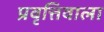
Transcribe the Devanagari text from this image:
प्रवृत्तिवाला